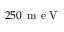
2 5 0 \, \mathrm { ~ m ~ e ~ V ~ }